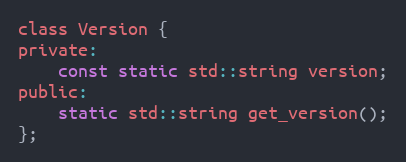
Language: C
class Version {
private:
    const static std::string version;
public:
    static std::string get_version();
};